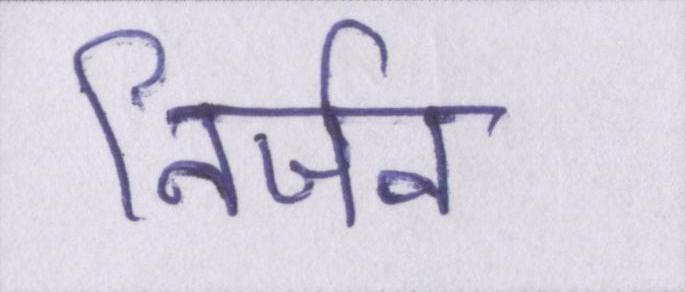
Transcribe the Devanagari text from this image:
निर्जन